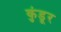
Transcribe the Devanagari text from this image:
कुंडूर